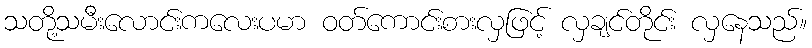
သတို့သမီးလောင်းကလေးပမာ ဝတ်ကောင်းစားလှဖြင့် လှချင်တိုင်း လှနေသည်။